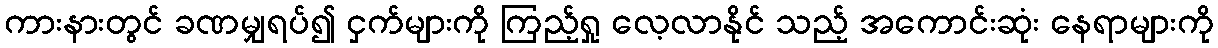
ကားနားတွင် ခဏမျှရပ်၍ ငှက်များကို ကြည့်ရှု လေ့လာနိုင် သည့် အကောင်းဆုံး နေရာများကို